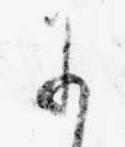
に